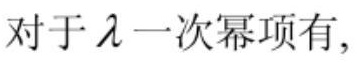
对于 $\lambda$ 一次幂项有,